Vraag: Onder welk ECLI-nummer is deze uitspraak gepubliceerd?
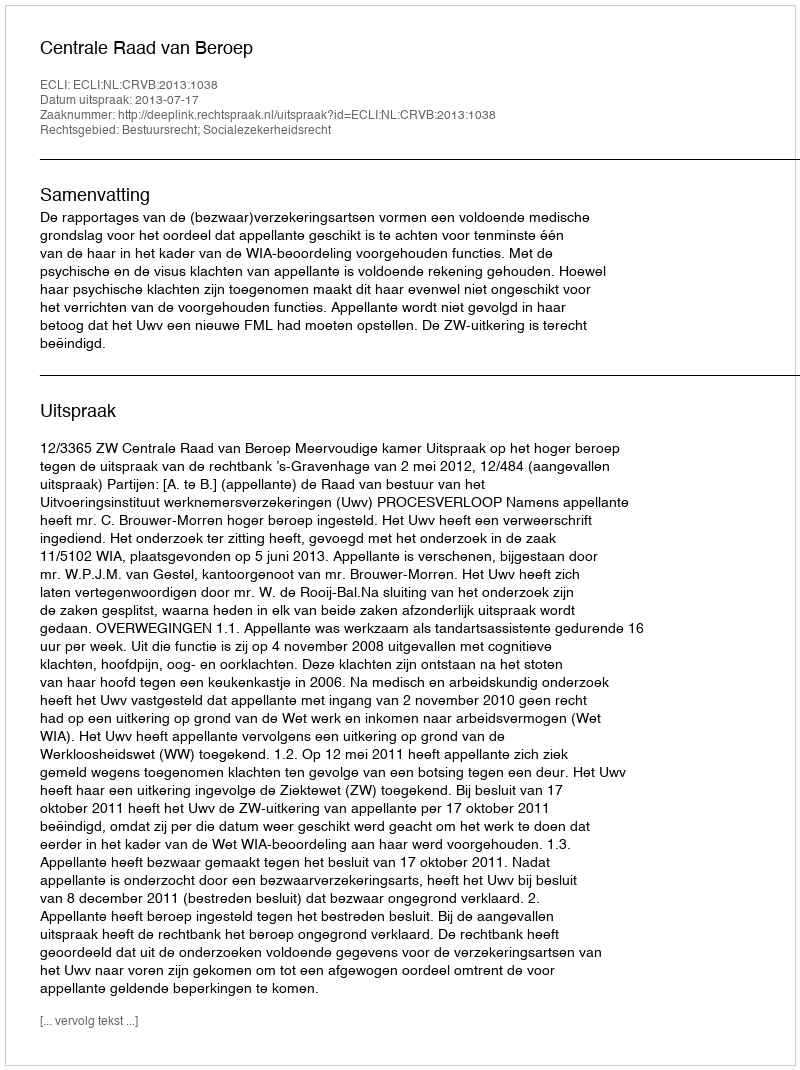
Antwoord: ECLI:NL:CRVB:2013:1038